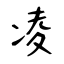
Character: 凌